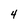
Character: 4